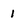
Character: 1